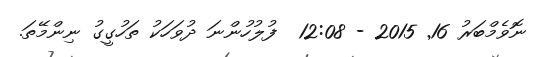
ނޮވެމްބަރު 16